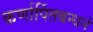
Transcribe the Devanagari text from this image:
कर्णार्पितबन्धनं